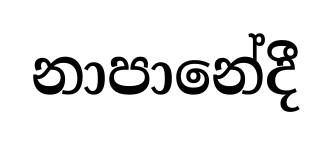
නාපානේදී